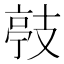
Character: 𭣙